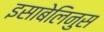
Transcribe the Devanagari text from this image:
इसाबेलिनुस